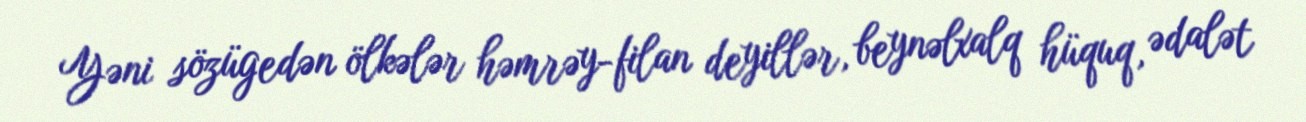
Yəni sözügedən ölkələr həmrəy-filan deyillər, beynəlxalq hüquq, ədalət